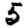
Digit: 5